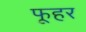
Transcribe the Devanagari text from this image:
फूहर